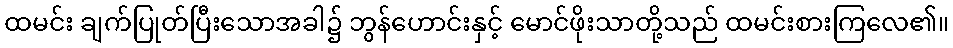
ထမင်း ချက်ပြုတ်ပြီးသောအခါ၌ ဘွန်ဟောင်းနှင့် မောင်ဖိုးသာတို့သည် ထမင်းစားကြလေ၏။